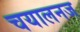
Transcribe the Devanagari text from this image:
चयालनज